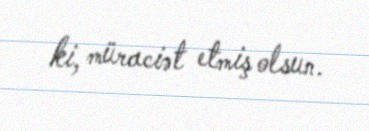
ki, müraciət etmiş olsun.